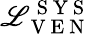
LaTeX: \mathscr{L}_{\mathrm{{~V~E~N~}}}^{\mathrm{{~S~Y~S~}}}